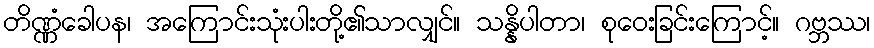
တိဏ္ဏံခေါပန၊ အကြောင်းသုံးပါးတို့၏သာလျှင်။ သန္နိပါတာ၊ စုဝေးခြင်းကြောင့်။ ဂဗ္ဘဿ၊